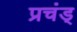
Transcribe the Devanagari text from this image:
प्रचंड्